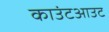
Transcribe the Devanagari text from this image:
काउंटआउट